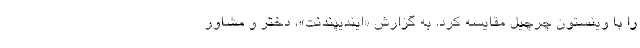
را با وینستون چرچیل مقایسه کرد. به گزارش «ایندیپندنت»، دختر و مشاور